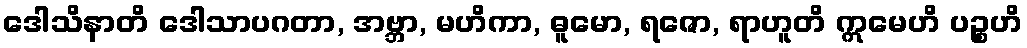
ဒေါသိနာတိ ဒေါသာပဂတာ, အဗ္ဘာ, မဟိကာ, ဓူမော, ရဇော, ရာဟူတိ ဣမေဟိ ပဉ္စဟိ